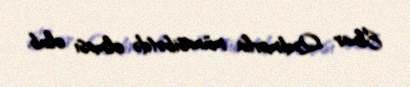
Elnar Qədimovla münasibətdə olması olub.